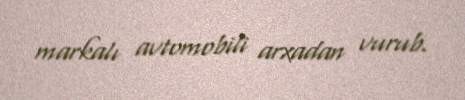
markalı avtomobili arxadan vurub.